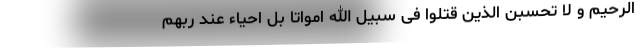
الرحیم و لا تحسبن الذین قتلوا فی سبیل الله امواتا بل احیاء عند ربهم